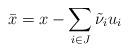
LaTeX: \begin{align*}\bar{x}=x-\sum\limits_{i\in J} \tilde{\nu}_i u_i\end{align*}